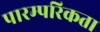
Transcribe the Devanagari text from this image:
पारम्परिकता